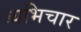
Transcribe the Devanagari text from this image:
ब्यभिचार